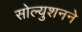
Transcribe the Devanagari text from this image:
सोल्युशनने